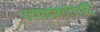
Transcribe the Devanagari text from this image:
परयटकांनाही